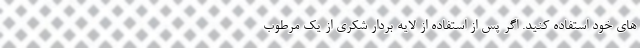
های خود استفاده کنید. اگر پس از استفاده از لایه بردار شکری از یک مرطوب